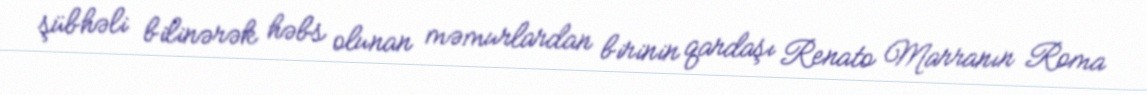
şübhəli bilinərək həbs olunan məmurlardan birinin qardaşı Renato Marranın Roma